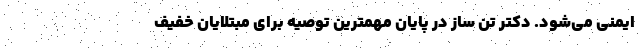
ایمنی می‌شود. دکتر تن ساز در پایان مهمترین توصیه برای مبتلایان خفیف